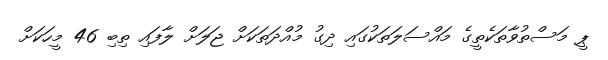
ޕީ މަސްތުވާތަކެތީގެ މައްސަލަތަކުގައި ދިގު މުއްދަތަކަށް ޖަލަށް ލާފައި ތިބި 46 މީހަކަށް